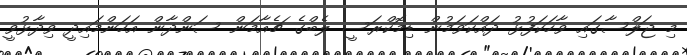
މި ޖަލްސާގައި ވާހަކަފުޅު ދައްކަވަމުން ޑިމޮކްރަސީ ލެބްގެ ޗެއާމަން ސަންދާން އަހަންމައިދީ ވިދާޅުވީ